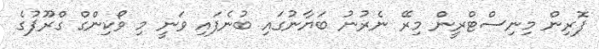
ފޮރިން މިނިސްޓްރީން މިރޭ ނެރުނު ބަޔާނުގައި ބުނެފައި ވަނީ މި ވޯކިންގް ގްރޫޕުގެ